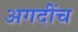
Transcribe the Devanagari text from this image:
अगदींच